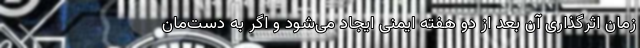
زمان اثرگذاری آن بعد از دو هفته ایمنی ایجاد می‌‌‌شود و اگر به دست‌مان